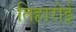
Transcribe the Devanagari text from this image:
तिहारोई